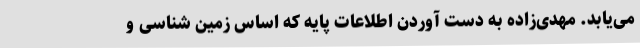
می‌یابد. مهدی‌زاده به دست آوردن اطلاعات پایه که اساس زمین شناسی و